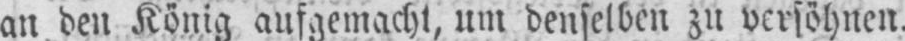
an den König aufgemacht, um denselben zu versöhnen.